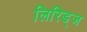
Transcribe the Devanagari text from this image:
लिरिड्ज